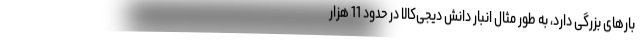
بار‌های بزرگی دارد، به طور مثال انبار دانش دیجی‌کالا در حدود 11 هزار